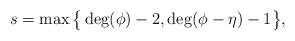
LaTeX: \begin{gather*}s=\max\big\{ \deg(\phi) -2,\deg(\phi-\eta)-1\big\} ,\end{gather*}